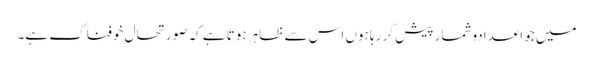
میں جو اعدادوشمار پیش کر رہا ہوں اس سے ظاہر ہوتا ہے کہ صورتحال خوفناک ہے۔